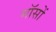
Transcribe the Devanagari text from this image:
मॉसों